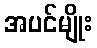
အပင်မျိုး